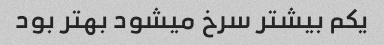
یکم بیشتر سرخ میشود بهتر بود